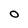
Character: O